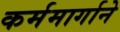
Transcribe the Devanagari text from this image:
कर्ममार्गाने